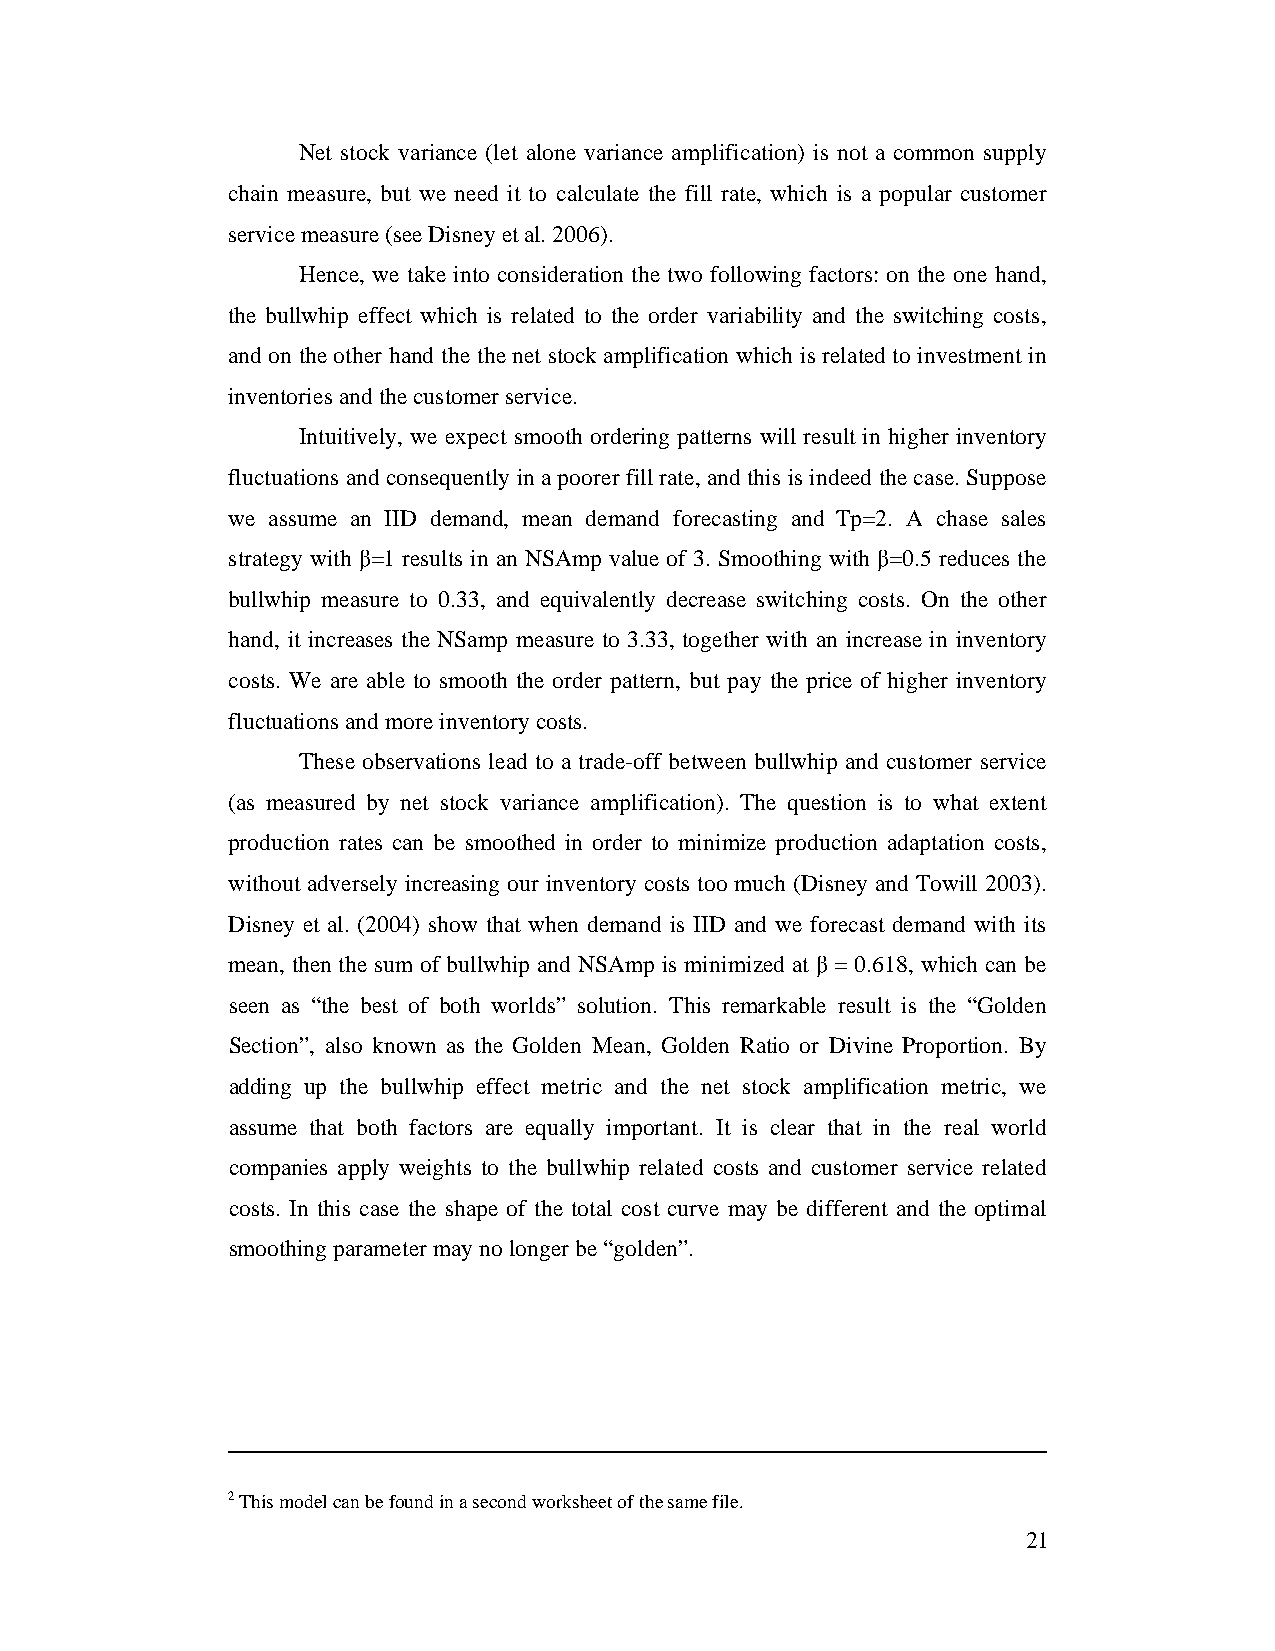
Net stock variance (let alone variance amplification) is not a common supply
 chain measure, but we need it to calculate the fill rate, which is a popular customer
 service measure (see Disney et al. 2006).
 Hence, we take into consideration the two following factors: on the one hand,
 the bullwhip effect which is related to the order variability and the switching costs,
 and on the other hand the the net stock amplification which is related to investment in
 inventories and the customer service.
 Intuitively, we expect smooth ordering patterns will result in higher inventory
 fluctuations and consequently in a poorer fill rate, and this is indeed the case. Suppose
 we assume an IID demand, mean demand forecasting and Tp=2. A chase sales
 strategy with β=1 results in an NSAmp value of 3. Smoothing with β=0.5 reduces the
 bullwhip measure to 0.33, and equivalently decrease switching costs. On the other
 hand, it increases the NSamp measure to 3.33, together with an increase in inventory
 costs. We are able to smooth the order pattern, but pay the price of higher inventory
 fluctuations and more inventory costs.
 These observations lead to a trade-off between bullwhip and customer service
 (as measured by net stock variance amplification). The question is to what extent
 production rates can be smoothed in order to minimize production adaptation costs,
 without adversely increasing our inventory costs too much (Disney and Towill 2003).
 Disney et al. (2004) show that when demand is IID and we forecast demand with its
 mean, then the sum of bullwhip and NSAmp is minimized at β = 0.618, which can be
 seen as “the best of both worlds” solution. This remarkable result is the “Golden
 Section”, also known as the Golden Mean, Golden Ratio or Divine Proportion. By
 adding up the bullwhip effect metric and the net stock amplification metric, we
 assume that both factors are equally important. It is clear that in the real world
 companies apply weights to the bullwhip related costs and customer service related
 costs. In this case the shape of the total cost curve may be different and the optimal
 smoothing parameter may no longer be “golden”.
 2 This model can be found in a second worksheet of the same file.
 21